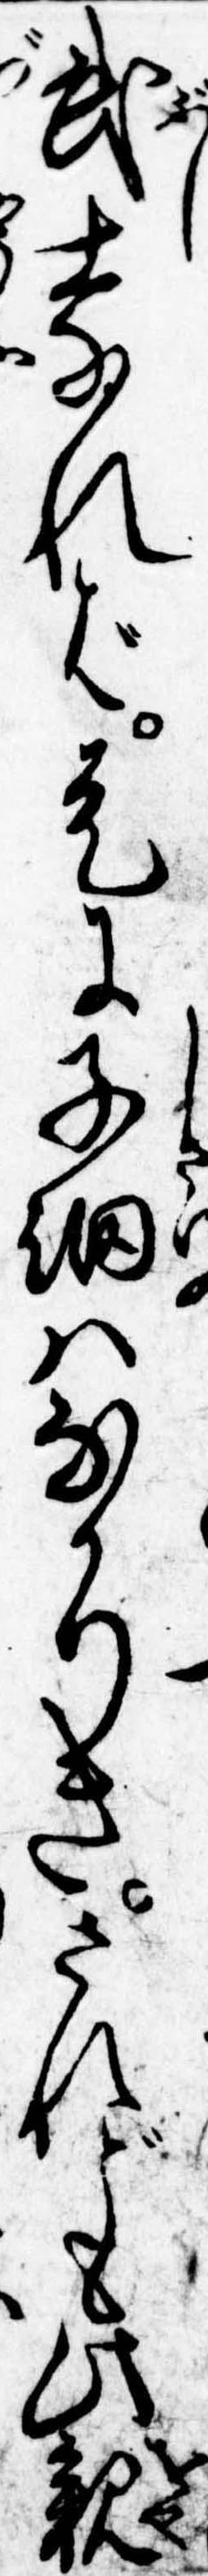
武士なれば是に子細はなかりきされども此親